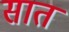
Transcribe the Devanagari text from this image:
सात